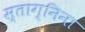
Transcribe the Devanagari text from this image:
स्ताग्निना